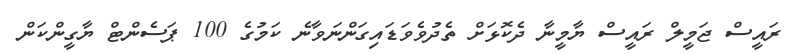
ރައީސް ޖަމީލް ރައީސް ޔާމީނާ ދެކޮޅަށް ތެދުވެވަޑައިގަންނަވާނެ ކަމުގެ 100 ޕަސެންޓް ޔާގީންކަން